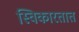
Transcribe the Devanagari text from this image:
स्विकारतात